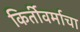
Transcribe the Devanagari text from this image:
किर्तीवर्माचा